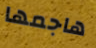
هاجمها